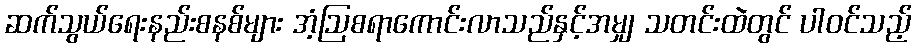
ဆက်သွယ်ရေးနည်းစနစ်များ အံ့ဩစရာကောင်းလာသည်နှင့်အမျှ သတင်းထဲတွင် ပါဝင်သည့်